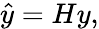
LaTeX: {\hat{y}}=Hy,